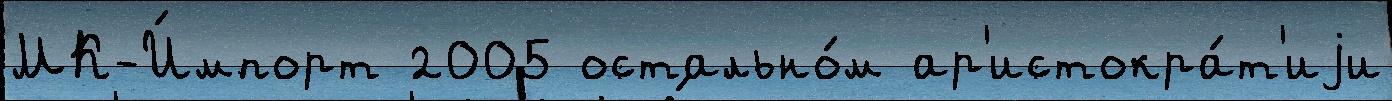
МК-И́мпорт 2005 остально́м ар'истокра́т'иjи